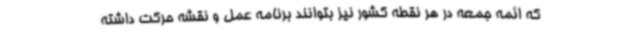
که ائمه ‌جمعه در هر نقطه کشور نیز بتوانند برنامه عمل و نقشه حرکت داشته